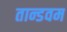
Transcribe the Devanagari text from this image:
तान्डवम